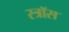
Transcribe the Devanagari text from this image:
स्त्रॉस